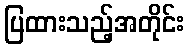
ပြထားသည့်အတိုင်း